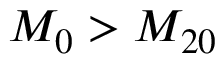
M _ { 0 } > M _ { 2 0 }